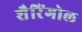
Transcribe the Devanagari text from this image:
शैरिंगोल